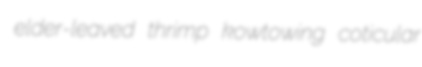
elder-leaved thrimp kowtowing coticular